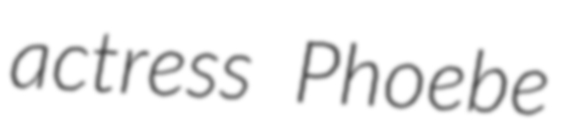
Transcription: actress Phoebe